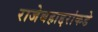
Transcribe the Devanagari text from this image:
राजेबहाद्दरांकडे